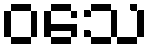
ဝသေ